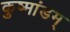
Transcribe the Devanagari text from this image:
कुष्मांडम्